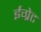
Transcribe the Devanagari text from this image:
ईग्रेट